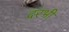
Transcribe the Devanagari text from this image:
दरभी